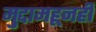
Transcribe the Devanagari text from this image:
मुद्दामहूनही